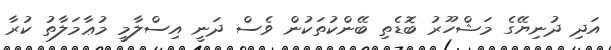
އަދި ދުނިޔޭގެ މަޝްހޫރު ބޮޑެތި ބޭންކުތަކުން ވެސް ދަނީ އިސްލާމީ މުޢާމަލާތު ކުރާ